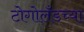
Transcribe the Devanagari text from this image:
टोगोलँडच्या